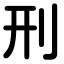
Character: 刑